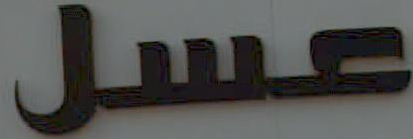
عسل